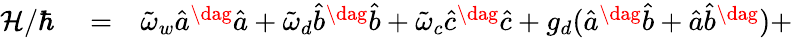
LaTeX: \begin{array}{rlr}{\mathcal{H}/\hbar}&{{}=}&{\tilde{\omega}_{w}\hat{a}^{\dag}\hat{a}+\tilde{\omega}_{d}\hat{b}^{\dag}\hat{b}+\tilde{\omega}_{c}\hat{c}^{\dag}\hat{c}+g_{d}(\hat{a}^{\dag}\hat{b}+\hat{a}\hat{b}^{\dag})+}\end{array}